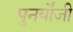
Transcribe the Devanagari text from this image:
पुनर्योंजी